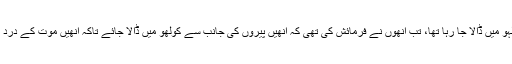
جب انھیں کولہو میں ڈالا جا رہا تھا، تب انھوں نے فرمائش کی تھی کہ انھیں پیروں کی جانب سے کولھو میں ڈالا جائے تاکہ انھیں موت کے درد کا احساس ہو!